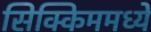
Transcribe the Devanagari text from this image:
सिक्किममध्ये